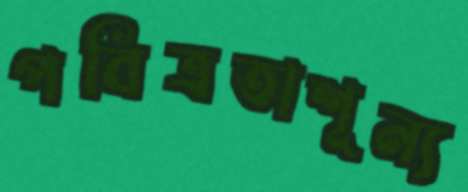
পবিত্রতাশূন্য